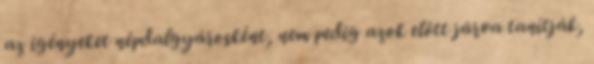
az igényeket népdalgyárosként, nem pedig azok előtt járva tanítják,